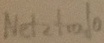
Text: Netztrafo